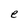
Character: e